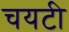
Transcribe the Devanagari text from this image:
चयटी